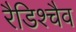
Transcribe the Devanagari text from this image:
रैडिश्चैव